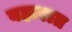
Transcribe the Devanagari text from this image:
बहारात